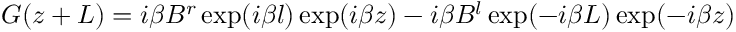
G ( z + L ) = i \beta B ^ { r } \exp ( i \beta l ) \exp ( i \beta z ) - i \beta B ^ { l } \exp ( - i \beta L ) \exp ( - i \beta z )